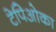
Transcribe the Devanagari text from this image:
टेपिओका